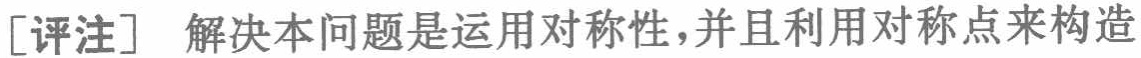
[评注] 解决本问题是运用对称性，并且利用对称点来构造